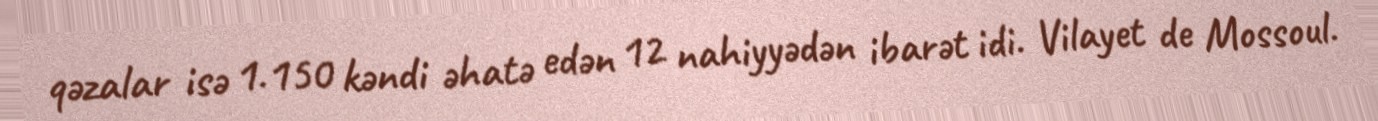
qəzalar isə 1.150 kəndi əhatə edən 12 nahiyyədən ibarət idi. Vilayet de Mossoul.